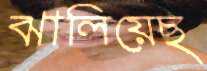
ঝালিয়েছ